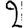
Digit: 2